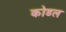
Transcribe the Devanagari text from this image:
कोडल